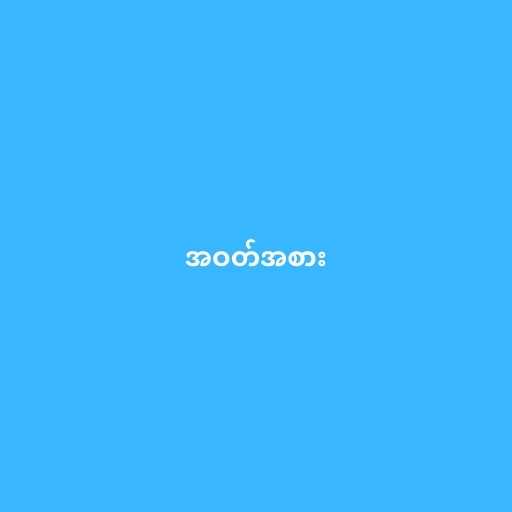
အဝတ်အစား